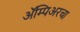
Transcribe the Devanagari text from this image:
ॲम्पिअरचा